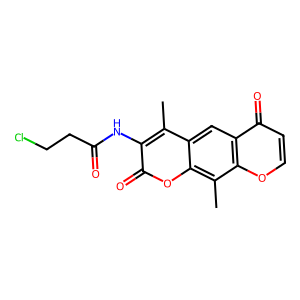
SMILES: Cc1c(NC(=O)CCCl)c(=O)oc2c(C)c3occc(=O)c3cc12
Inhibits HIV replication: No